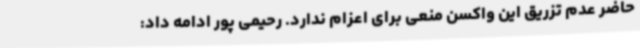
حاضر عدم تزریق این واکسن منعی برای اعزام ندارد. رحیمی پور ادامه داد: